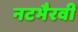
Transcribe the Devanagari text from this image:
नटभैरवी